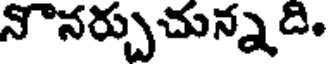
నొనర్చుచున్నది.